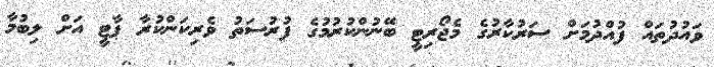
ވައުދުތައް ފުއްދުމަށް ސަރުކާރުގެ މެޖޯރިޓީ ބޭނުންކުރުމުގެ ފުރުސަތު ވެރިކަންކުރާ ޕާޓީ އަށް ލިބުމާ